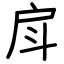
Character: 戽